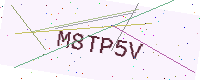
Text: M8TP5V